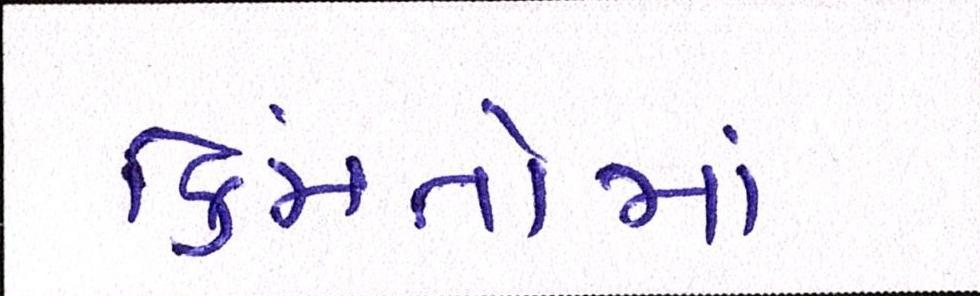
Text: કિંમતોમાં